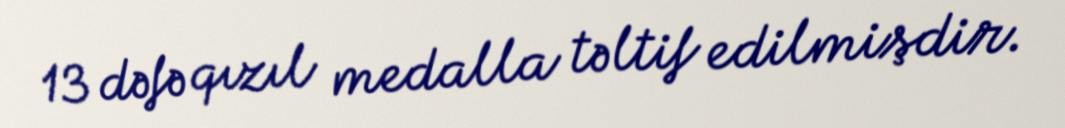
13 dəfə qızıl medalla təltif edilmişdir.